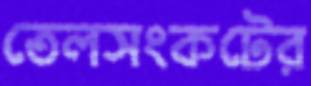
তেলসংকটের